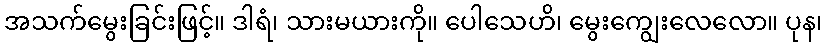
အသက်မွေးခြင်းဖြင့်။ ဒါရံ၊ သားမယားကို။ ပေါသေဟိ၊ မွေးကျွေးလေလော။ ပုန၊